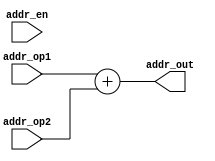
//////////////////////////////////////////////////////////////////////////////////
// 
// Design Name: address adder
// Module Name: adr_add
// Project Name: Loopers
// Target Devices: XUP Virtex-5 Pro
// Tool versions: 
// Description: The address adder will only handle the load and store instruction.
//           It is functionally same with an adder
//
//
// Revision 1.0 - initial version
// Additional Comments: timing issue this is a combinational unit but ALU takes 1
//                      clock cycle
//
//////////////////////////////////////////////////////////////////////////////////

module adr_add( addr_op1, addr_op2, addr_en, addr_out);
   input  [15:0] addr_op1, addr_op2;
   input         addr_en;
   // output        addr_free;
   output [15:0] addr_out;

   
   assign addr_out = addr_op1 + addr_op2;
   //assign addr_free = ~addr_en;   // don't need this free signal
   
   
endmodule